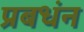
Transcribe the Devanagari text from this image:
प्रबधंन